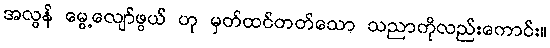
အလွန် မွေ့လျော်ဖွယ် ဟု မှတ်ထင်တတ်သော သညာကိုလည်းကောင်း။